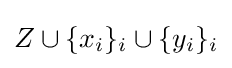
Z\cup \{x_{i}\}_{i}\cup \{y_{i}\}_{i}